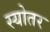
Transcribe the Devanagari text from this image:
स्योतर